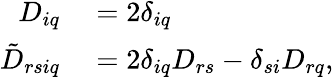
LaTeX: \begin{array}{rl}{D_{iq}}&{{}=2\delta_{iq}}\\ {\tilde{D}_{rsiq}}&{{}=2\delta_{iq}D_{rs}-\delta_{si}D_{rq},}\end{array}